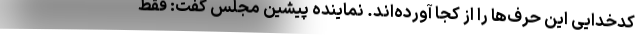
کدخدایی این حرف‌ها را از کجا آورده‌اند. نماینده پیشین مجلس گفت: فقط